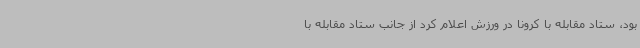
بود، ستاد مقابله با کرونا در ورزش اعلام کرد از جانب ستاد مقابله با